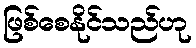
ဖြစ်စေနိုင်သည်ဟု